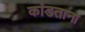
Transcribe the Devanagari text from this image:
कांडताना